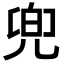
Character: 兜